Vaccination Hyderabad 1872-1889 - 1872-1889
Year: 1872
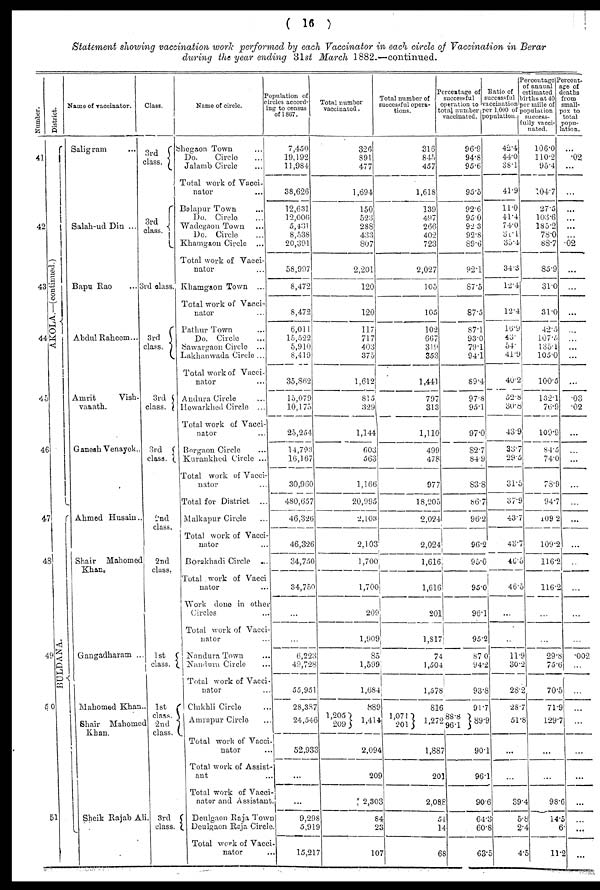
( 16 )
Statement showing vaccination work performed by each Vaccinator in each circle of Vaccination in Berar
during the year ending 31st March 1882.—continued.
Number.
41
42
43
44
45
46
47
48
49
50
51
District.
AKOLA.—(continued.)
BULDANA.
Name of vaccinator.
Saligram ...
Salah-ud Din ...
Bapu Rao
...
Abdul Raheem...
Amrit
Vish.
vanath.
Ganesh Venayek..
Ahmed Husain..
Shair Mahomed
Khan.
Gangadharam ...
Mahomed Khan...
Shair Mahomed
Khan.
Sheik Rajab Ali.
Class.
3rd
class.
3rd
class.
3rd class.
3rd
class.
3rd
class.
3rd
class.
2nd
class.
2nd
class.
1st
class.
1st
class.
2nd
class.
3rd
class.
Name of circle.
Shegaon Town ...
Do.
Circle ...
Jalamb Circle ...
Total work of Vacci-
nator ...
Balapur Town ...
Do. Circle ...
Wadegaon Town ...
Do. Circle ...
Khamgaon Circle ...
Total work of Vacci¬
nator ...
Khamgaon Town ...
Total work of Vacci-
nator ...
Pathur Town ...
Do. Circle ...
Sawargaon Circle ...
Lakhanwada Circle ...
Total work of Vacci-
nator
Andura Circle ...
Howarkhed Circle ...
Total work of Vacci-
nator ...
Borgaon Circle ...
Kurankhed Circle ...
Total work of Vacci-
nator
Total for District ...
Malkapur Circle ...
Total work of Vacci-
nator
Borakhadi Circle ...
Total work of Vacci
nator ...
Work done in other
Circles ...
Total work of Vacci-
nator
Nandura Town ...
Nandura Circle ...
Total work of Vacci-
nator ...
Chikhli Circle ...
Amrapur Circle ...
Total work of Vacci
nator
Total work of Assist¬
ant ...
Total work of Vacci¬
nator and Assistant.
Deulgaon Raja Town
„ Deulgaon Raja Circle
Total work of Vacci¬
nator
Population of
circles accord-
ing to census
of 1867.
7,450
19,192
11,984
38,626
12,631
12,006
5,431
8,538
20,391
58,997
8,472
8,472
6,011
15,522
5,910
8,419
35,862
15,079
10,175
25,254
14,793
16,167
30,960
480,657
46,326
46,326
34,750
34,750
...
...
6,223
49,728
55,951
28,387
24,546
52,933
.
...
9,298
5,919
15,217
Total number
vaccinated.
326
891
477
1,694
150
523
288
433
807
2,201
120
120
117
717
403
375
1,612
815
329
1,144
603
563
1,166
20,995
2,103
2,103
1,700
1,700
209
1,909
85
1,599
1,684
889
1,205
209
1,414
2,094
209
2,303
84
23
107
Total number of
successful opera-
tions.
316
845
457
1,618
139
497
266
402
723
2,027
105
105
102
667
319
353
1,441
797
313
1,110
499
478
977
18,205
2,024
2,024
1,616
1,616
201
1,817
74
1,504
1,578
816
1,071
201
1,272
1,887
201
2,088
54
14
68
Percentage of
successful
operation to
total number
vaccinated.
96.9
94.8
95.6
95.5
92.6
95.0
92.3
92.8
89.6
92.1
87.5
87.5
87.1
93.0
79.1
941
89.4
97.8
95.1
97.0
82.7
84.9
83.8
86.7
96.2
96.2
95.0
95.0
96.1
95.2
87.0
94.2
93.8
91.7
88.8
96.1
89.9
90.1
96.1
90.6
64.3
60.8
63.5
Ratio of
successful
vaccination
per 1,000 of
population.
42.4
44.0
38.1
41.9
11.0
41.4
74.0
31.1
35.4
34.3
12.4
12.4
16.9
43.
54.
41.9
40.2
52.8
30.8
43.9
33.7
29.5
31.5
37.9
43.7
43.7
46.5
46.5
...
...
11.9
30.2
28.2
28.7
51.8
...
...
39.4
5.8
2.4
4.5
Percentage
of annual
estimated
births at 40
per mills of
population
success¬
fully vacci-
nated.
106.0
110.2
95.4
104.7
27.5
103.6
185.2
78.0
88.7
85.9
31.0
31.0
42.5
107 .5
135.1
105.0
100.5
132.1
76.9
109.9
84.5
74.0
78.9
94.7
109.2
109.2
116.2
116.2
...
...
29.8
75.6
70.5
71.9
129.7
...
...
98.6
14.5
6.
11.2
Percent¬
age of
deaths
from
small-
pox to
total
popu¬
lation.
...
.02
...
...
...
...
...
...
.02
...
...
...
...
...
...
...
...
.03
.02
...
...
...
...
...
...
...
...
...
...
...
.002
...
...
...
...
...
...
...
...
...
...